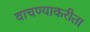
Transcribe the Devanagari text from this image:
वाचण्याकरीता